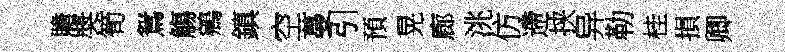
贍奬筍鴛觴鵷鎮空蔓引預晃廊洮仿遰挟异勒桂損卿